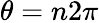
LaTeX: \theta=n2\pi